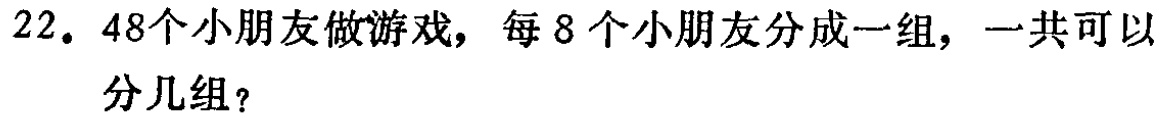
22. 48个小朋友做游戏，每8个小朋友分成一组，一共可以分几组？